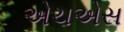
એચએસ